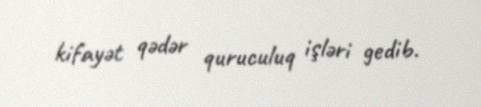
kifayət qədər quruculuq işləri gedib.